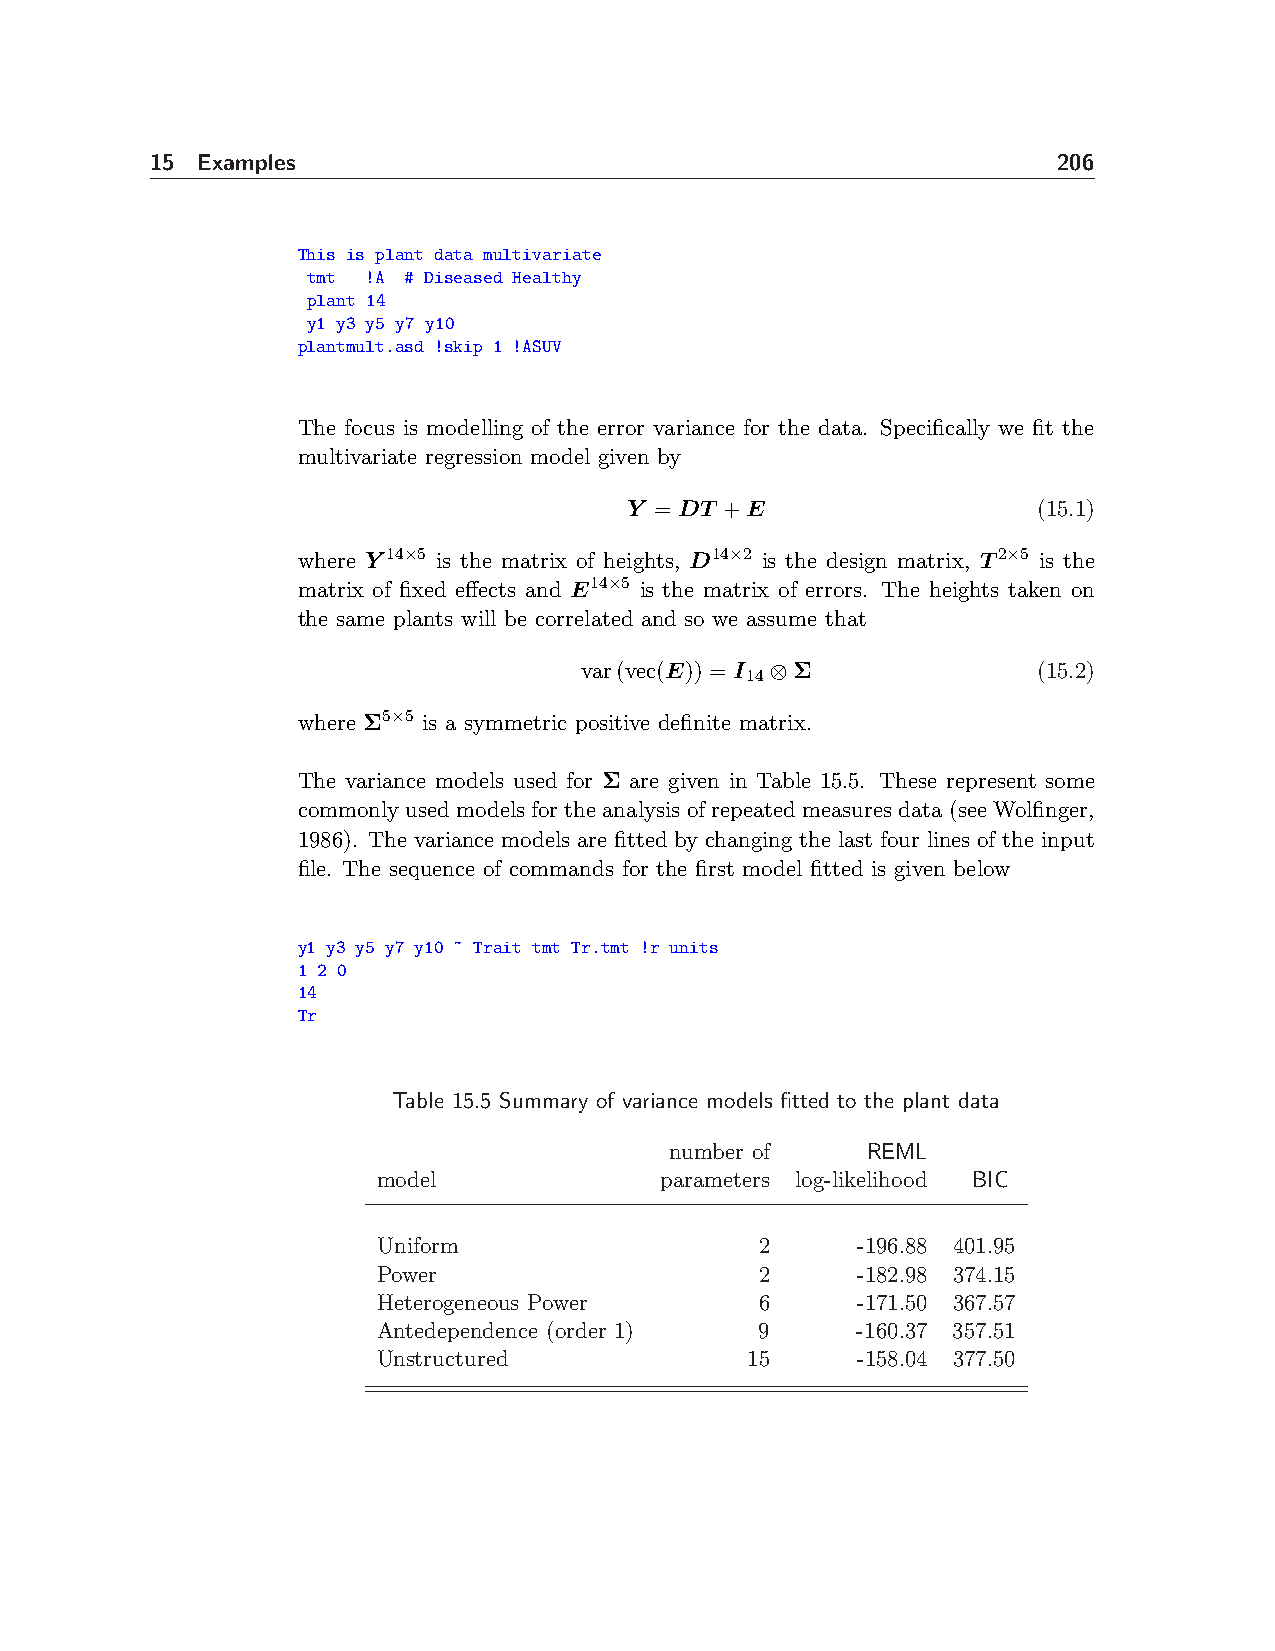
15 Examples                                                 206
 This is plant data multivariate
 tmt !A # Diseased Healthy
 plant 14
 y1 y3 y5 y7 y10
 plantmult.asd !skip 1 !ASUV
 The focus is modelling of the error variance for the data. Specifically we fit the
 multivariate regression model given by
 Y = DT +E                   (15.1)
 where Y14×5 is the matrix of heights, D14×2 is the design matrix, T2×5 is the
 matrix of fixed effects and E14×5 is the matrix of errors. The heights taken on
 the same plants will be correlated and so we assume that
 var(vec(E)) = I ⊗Σ             (15.2)
 14
 where Σ5×5 is a symmetric positive definite matrix.
 The variance models used for Σ are given in Table 15.5. These represent some
 commonly used models for the analysis of repeated measures data (see Wolfinger,
 1986). The variance models are fitted by changing the last four lines of the input
 file. The sequence of commands for the first model fitted is given below
 y1 y3 y5 y7 y10 ~ Trait tmt Tr.tmt !r units
 1 2 0
 14
 Tr
 Table 15.5 Summary of variance models fitted to the plant data
 number of    REML
 model              parameters log-likelihood BIC
 Uniform                  2      -196.88 401.95
 Power                    2      -182.98 374.15
 Heterogeneous Power      6      -171.50 367.57
 Antedependence (order 1) 9      -160.37 357.51
 Unstructured            15      -158.04 377.50